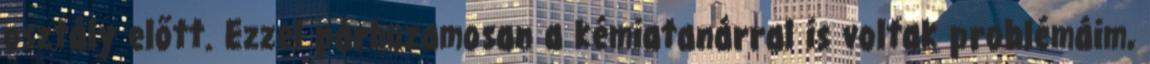
osztály előtt. Ezzel párhuzamosan a kémiatanárral is voltak problémáim,